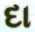
દા